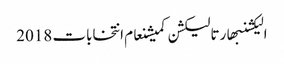
الیکشنبھارتالیکشن کمیشنعام انتخابات 2018